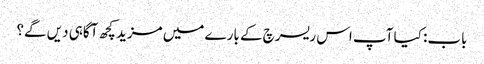
باب: کیا آپ اس ریسرچ کے بارے میں مزید کچھ آگاہی دیں گے؟